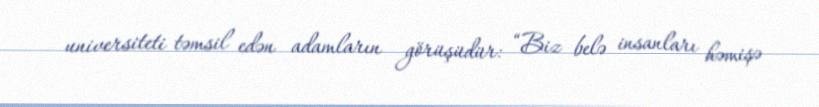
universiteti təmsil edən adamların görüşüdür: “Biz belə insanları həmişə